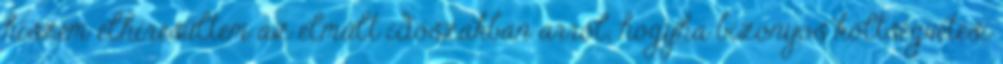
hiszem elhíresültem az elmúlt időszakban arról, hogyha bizonyos költségvetési